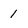
Character: 1